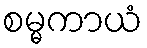
စမ္မကာယံ